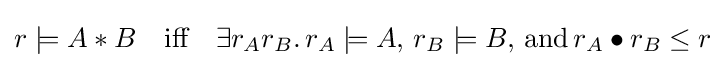
r\models A*B\quad {\mbox{iff}}\quad \exists r_{A}r_{B}.\,r_{A}\models A,\,r_{B}\models B,\,{\mbox{and}}\,r_{A}\bullet r_{B}\leq r